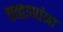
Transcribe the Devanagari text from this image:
चव्हाणांना